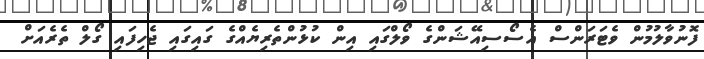
ފޮނުވާލުމުން ވެޓަރަންސް އެސޯސިއޭޝަންގެ ވޯލްގައި އިން ކުޅުންތެރިޔެއްގެ ގައިގައި ޖެހިފައި ގޯލް ތެރެއަށް